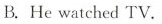
B.He watched TV.